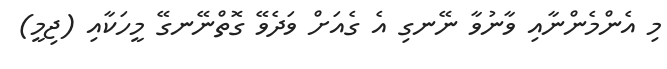
މި އެންމެންނާއި ވާނުވާ ނޭނގި އެ ގެއަށް ވަދެވޭ ގޮތްނޭނގޭ މީހަކާއި (ޖިމީ)